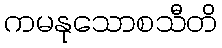
ကမနုသောစသီတိ